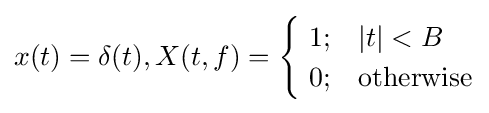
x(t)=\delta (t),X(t,f)={\begin{cases}\ 1;&|t|<B\\\ 0;&{\text{otherwise}}\end{cases}}